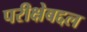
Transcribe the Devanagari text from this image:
परीक्षेबद्दल